Indian journal of veterinary science and animal husbandry - Volumes 18-21, 1948-1951
Year: 1948
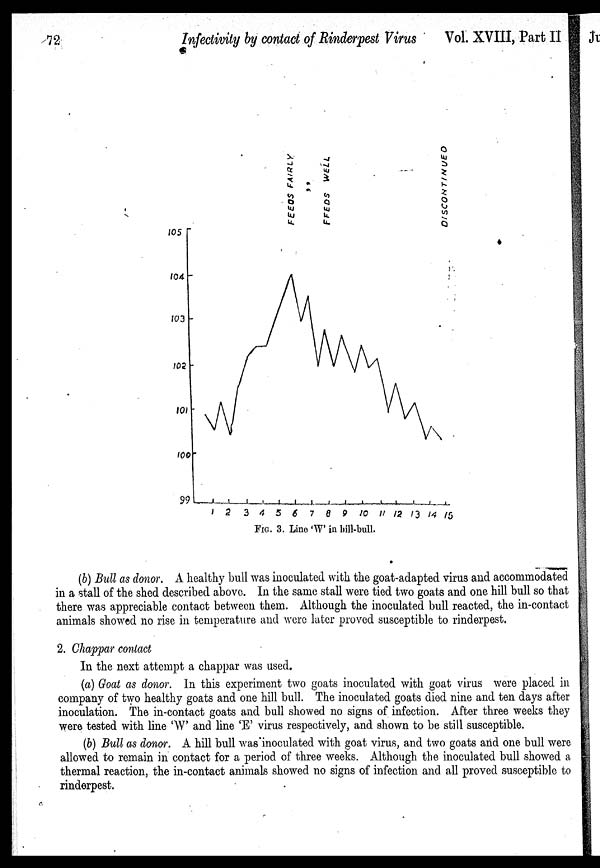
72
Infectivity by contact of Rinderpest Virus
Vol. XVIII, Part II
FIG. 3. Line 'W' in bill-bull.
(b) Bull as donor. A healthy bull was inoculated with the goat-adapted virus and accommodated
in a stall of the shed described above. In the same stall were tied two goats and one hill bull so that
there was appreciable contact between them. Although the inoculated bull reacted, the in-contact
animals showed no rise in temperature and were later proved susceptible to rinderpest.
2. Chappar contact
In the next attempt a chappar was used.
(a) Goat as donor. In this experiment two goats inoculated with goat virus were placed in
company of two healthy goats and one hill bull. The inoculated goats died nine and ten days after
inoculation. The in-contact goats and bull showed no signs of infection. After three weeks they
were tested with line 'W and line 'E' virus respectively, and shown to be still susceptible.
(b) Bull as donor. A hill bull was inoculated with goat virus, and two goats and one. bull were
allowed to remain in contact for a period of three weeks. Although the inoculated bull showed a
thermal reaction, the in-contact animals showed no signs of infection and all proved susceptible to
rinderpest.